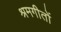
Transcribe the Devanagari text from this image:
श्रमगीतों